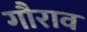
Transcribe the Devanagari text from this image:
गौराव